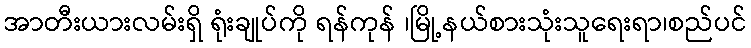
အာတီးယားလမ်းရှိ ရုံးချုပ်ကို ရန်ကုန် ၊မြို့နယ်စားသုံးသူရေးရာ၊စည်ပင်